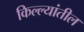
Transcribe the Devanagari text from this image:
किल्ल्यांतील